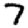
Digit: 7